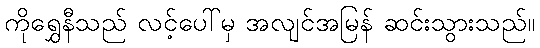
ကိုရွှေနီသည် လင့်ပေါ်မှ အလျင်အမြန် ဆင်းသွားသည်။